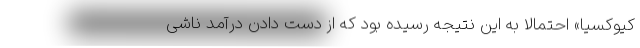
کیوکسیا» احتمالا به این نتیجه رسیده بود که از دست دادن درآمد ناشی